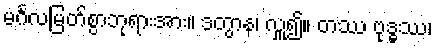
မင်္ဂလမြတ်စွာဘုရားအား။ ဒတွာန၊ လှူ၍။ တဿ ဗုဒ္ဓဿ၊